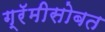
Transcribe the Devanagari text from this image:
ग्रॅमीसोबत